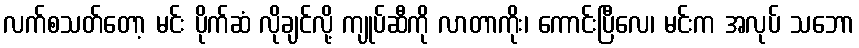
လက်စသတ်တော့ မင်း ပိုက်ဆံ လိုချင်လို့ ကျုပ်ဆီကို လာတာကိုး၊ ကောင်းပြီလေ၊ မင်းက အလုပ် သဘော